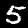
Label: 5